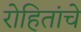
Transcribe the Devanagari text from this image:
रोहितांचे